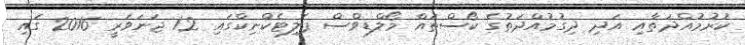
ކުރުމުއްދަތާއި އަދި ދިގުމުއްދަތުގެ ކޯސްތައް މޯލްޑިވްސް ޕޮލިޓެކްނިކްގައި 12 ޖަނަވަރީ 2016 ގައި